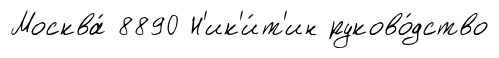
Москва́ 8890 Н'ик'и́т'ин руково́дство